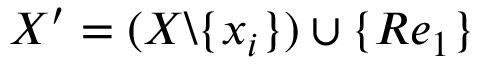
X ^ { \prime } = ( X \backslash \{ x _ { i } \} ) \cup \{ R e _ { 1 } \}